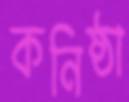
কনিষ্ঠা